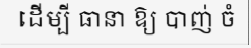
ដើម្បី ធានា ឱ្យ បាញ់ ចំ